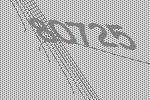
80725